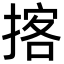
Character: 揢